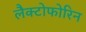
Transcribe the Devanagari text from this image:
लैक्टोफोरिन